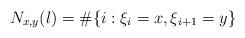
\begin{align*}N_{x,y}(l)=\#\{i:\xi_{i}=x,\xi_{i+1}=y\}\end{align*}